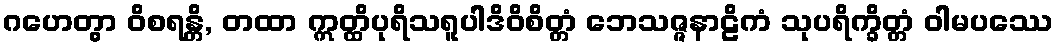
ဂဟေတွာ ဝိစရန္တိ, တထာ ဣတ္ထိပုရိသရူပါဒိဝိစိတ္တံ ဘေသဇ္ဇနာဠိကံ သုပရိက္ခိတ္တံ ဝါမပဿေ